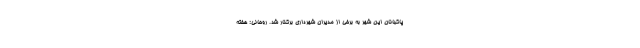
پاکبانان این شهر به برخی از مدیران شهرداری برکنار شد. روحانی: هفته